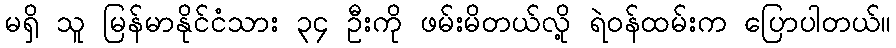
မရှိ သူ မြန်မာနိုင်ငံသား ၃၄ ဦးကို ဖမ်းမိတယ်လို့ ရဲဝန်ထမ်းက ပြောပါတယ်။